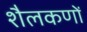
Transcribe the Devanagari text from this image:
शैलकणों